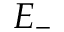
E _ { - }